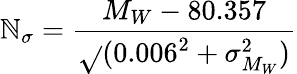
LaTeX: \mathbb{N}_{\sigma}=\frac{{M_{W}-80.357}}{{\sqrt{}{{(0.006^{2}+\sigma_{M_{W}}^{2})}}}}